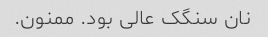
نان سنگک عالی بود. ممنون.